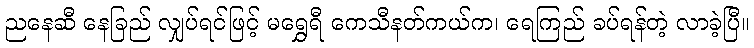
ညနေဆီ နေခြည် လျှပ်ရင်ဖြင့် မရွှေရီ ကေသီနတ်ကယ်က၊ ရေကြည် ခပ်ရန်တဲ့ လာခဲ့ပြီ။